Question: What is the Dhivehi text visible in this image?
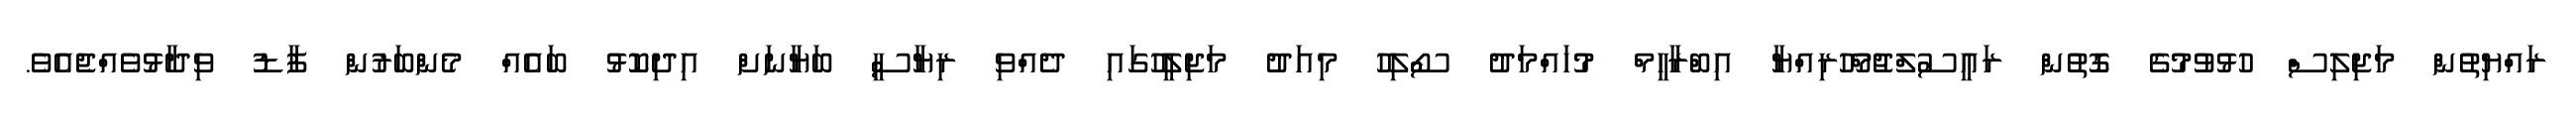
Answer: ރައްޔިތުން މަޖިލިސް ހުޅުވުމުގެ ގޮތުން ރައީސުލްޖުމްހޫރިއްޔާ އިބްރާހީމް މުހައްމަދު ސޯލިހު މިއަދު މަޖިލީހުގައި ދެއްވި ރިޔާސީ ބަޔާނަށް އިދިކޮޅު ބައެއް މެންބަރުން ފާޑު ވިދާޅުވެއްޖެއެވެ.